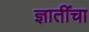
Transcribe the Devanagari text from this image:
ज्ञातींचा